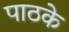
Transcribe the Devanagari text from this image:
पाठके